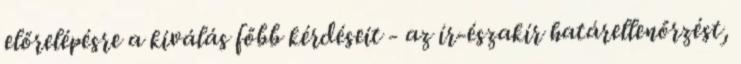
előrelépésre a kiválás főbb kérdéseit - az ír-északír határellenőrzést,